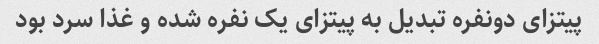
پیتزای دونفره تبدیل به پیتزای یک نفره شده و غذا سرد بود